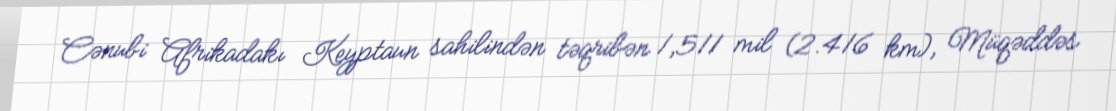
Cənubi Afrikadakı Keyptaun sahilindən təqribən 1,511 mil (2.416 km), Müqəddəs